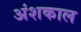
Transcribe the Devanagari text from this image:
अंशकाल